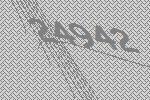
24942